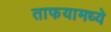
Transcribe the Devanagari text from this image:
ताफयामध्ये